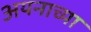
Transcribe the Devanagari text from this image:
अयनाच्या